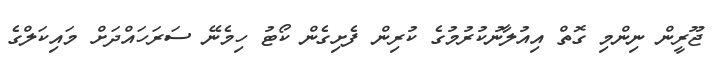
ޖޫރީން ނިންމި ގޮތް އިއުލާނުކުރުމުގެ ކުރިން ފެށިގެން ކޯޓު ހިމެނޭ ސަރަހައްދަށް މައިކަލްގެ